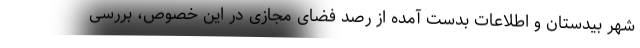
شهر بیدستان و اطلاعات بدست آمده از رصد فضای مجازی در این خصوص، بررسی